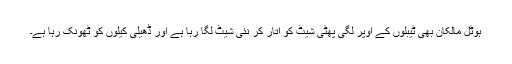
ہوٹل مالکان بھی ٹیبلوں کے اوپر لگی پھٹی شیٹ کو اتار کر نئی شیٹ لگا رہا ہے اور ڈھیلی کیلوں کو ٹھونک رہا ہے۔